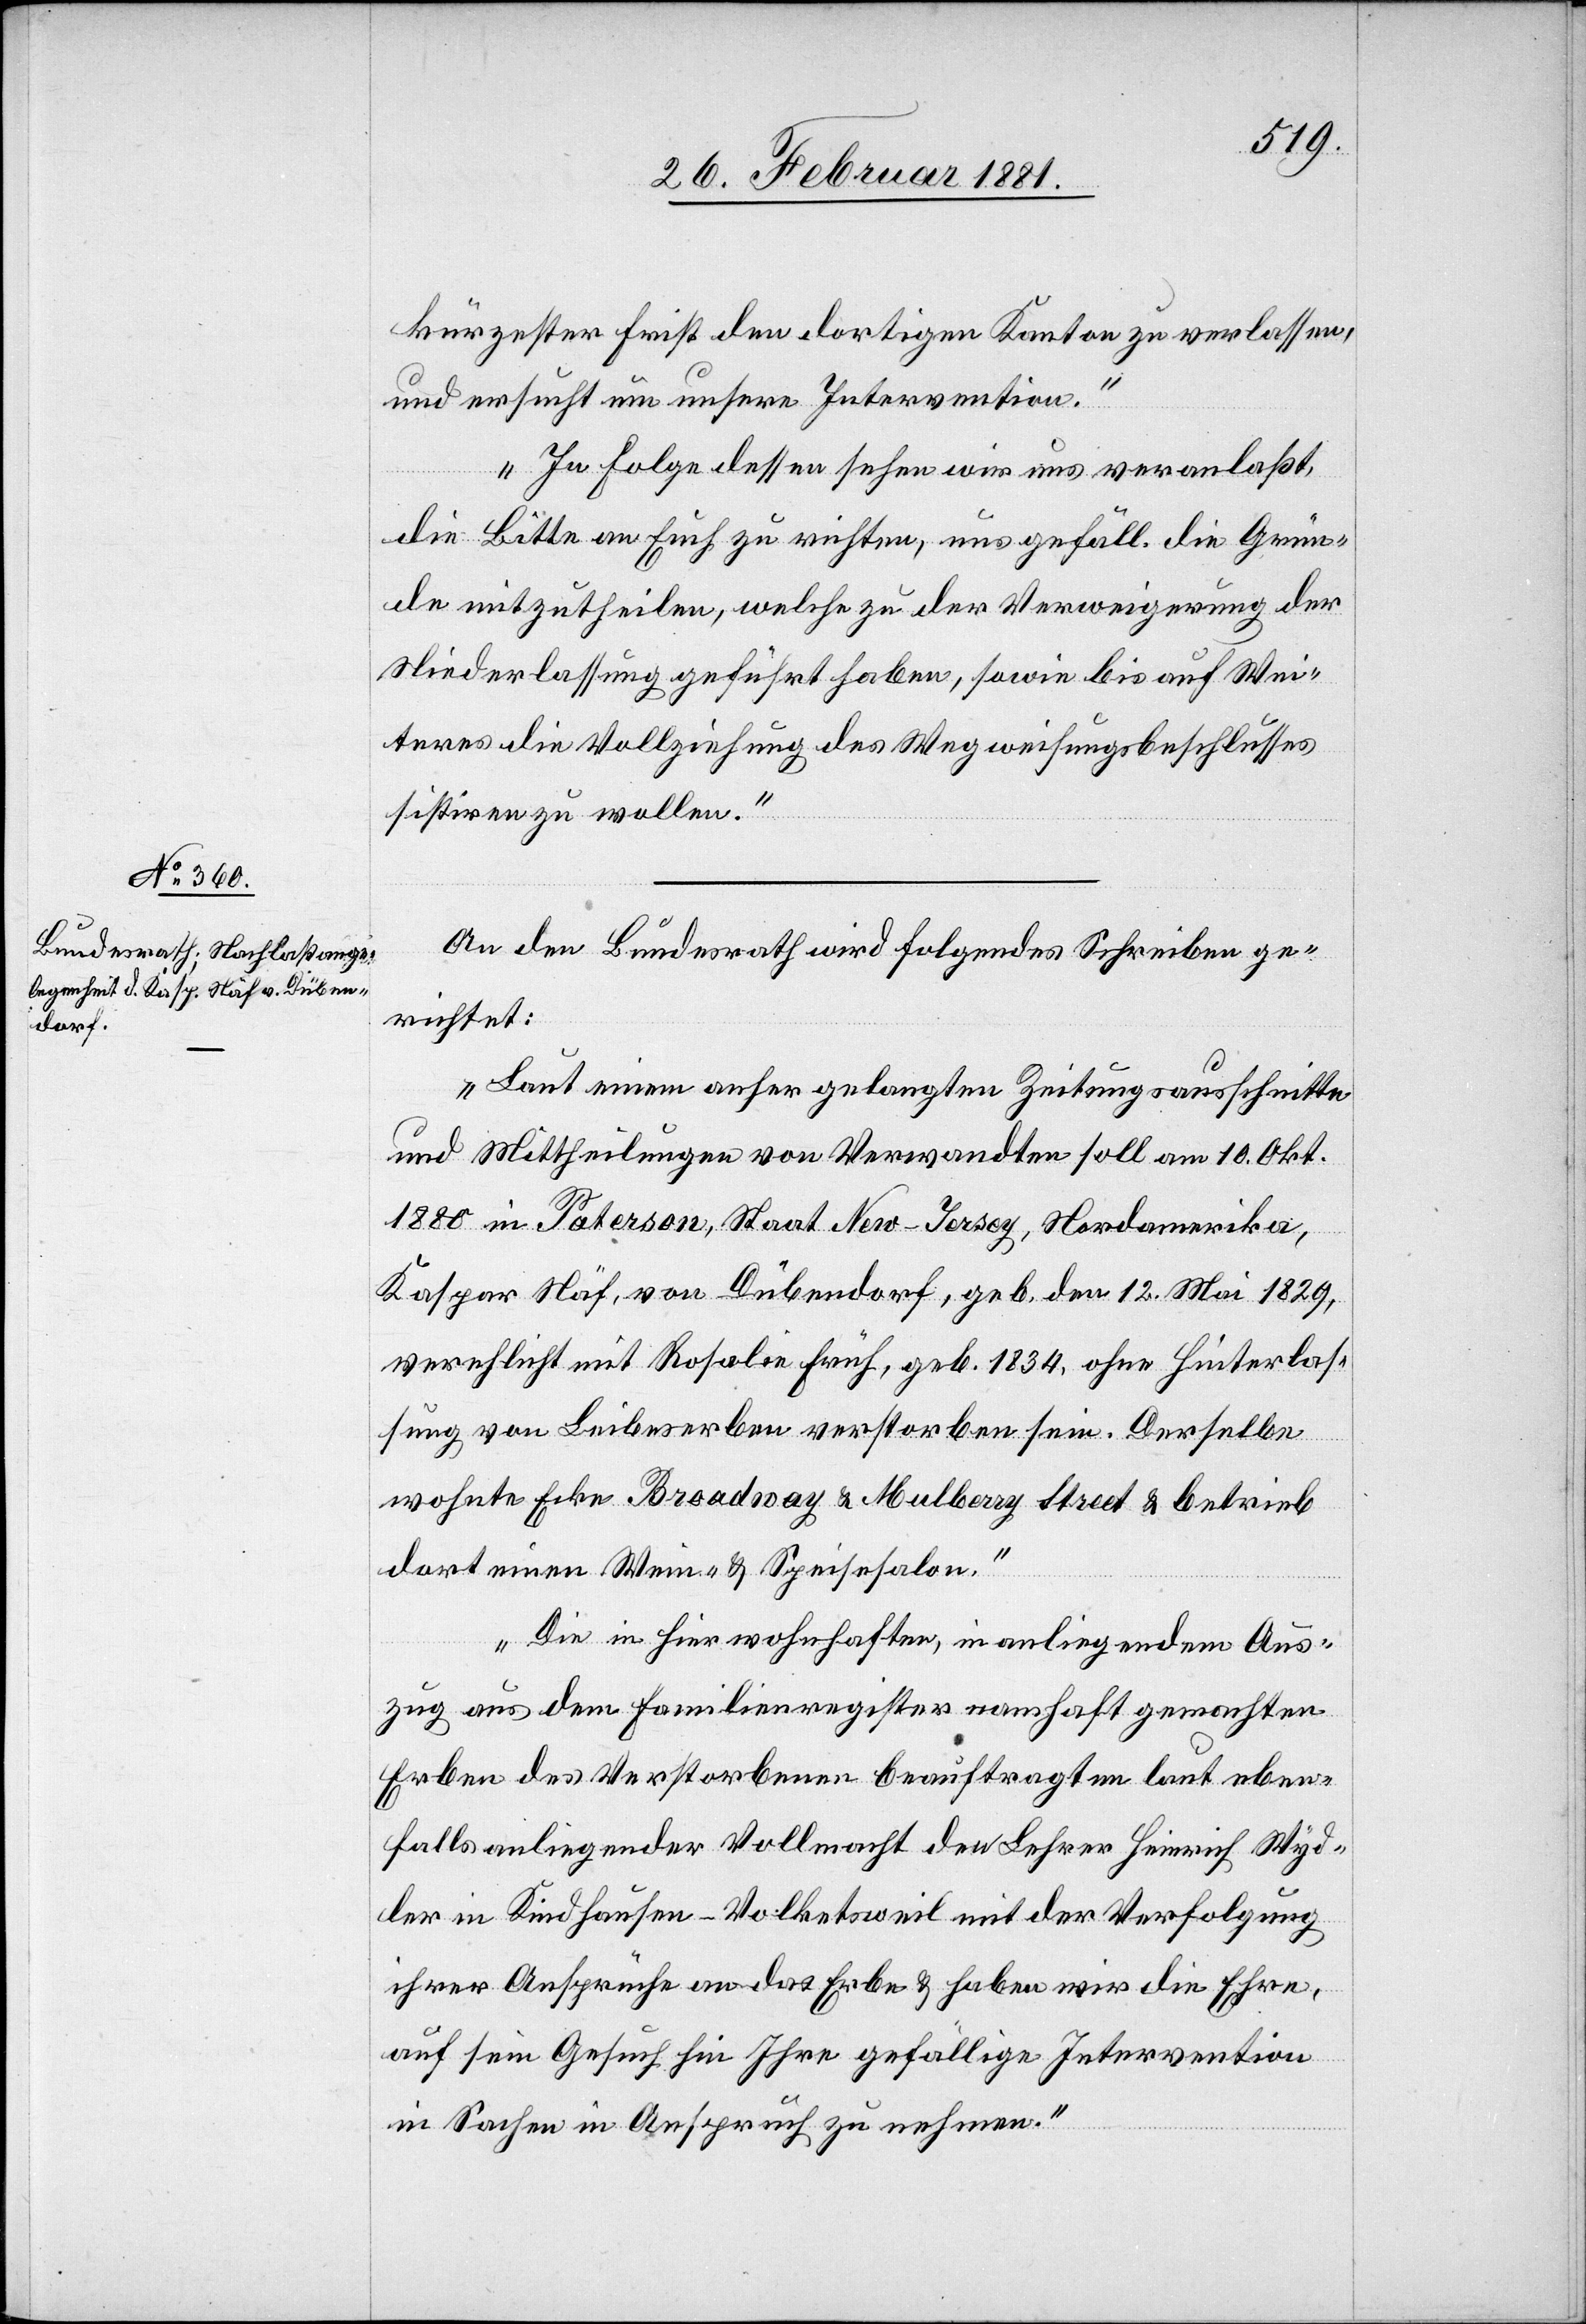
kürzester Frist den dortigen Kanton zu verlassen,
und ersucht um unsere Intervention.
In Folge dessen sehen wir uns veranlaßt,
3.
die Bitte an Euch zu richten, uns gefäll. die Grün¬
de mitzutheilen, welche zu der Verweigerung der
Niederlassung geführt haben, sowie bis auf Wei¬
teres die Vollziehung des Wegweisungsbeschlusses
sistiren zu wollen.“
An den Bundesrath wird folgendes Schreiben ge¬
richtet:
„Laut einem anher gelangten Zeitungsausschnitte
und Mittheilungen von Verwandten soll am 10. Okt.
1880 in Paterson, Staat New-Jersey, Nordamerika,
Kaspar Näf, von Dübendorf, geb. den 12. Mai 1829,
verehelicht mit Rosalie Früh, geb. 1834, ohne Hinterlas¬
sung von Leibeserben verstorben sein. Derselbe
wohnte Ecke Broadway & Mulberry Street & betrieb
dort einen Wein- & Speisesalon.
Die in hier wohnhaften, in anliegendem Aus¬
zug aus dem Familienregister namhaft gemachten
Erben des Verstorbenen beauftragten laut eben¬
falls anliegender Vollmacht den Lehrer Heinrich Wyd¬
ler in Kindhausen - Volketsweil mit der Verfolgung
ihrer Ansprüche an das Erbe & haben wir die Ehre,
auf sein Gesuch hin Ihre gefällige Intervention
in Sachen in Anspruch zu nehmen.